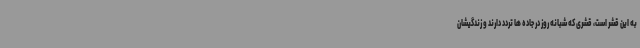
به این قشر است، قشری که شبانه روز در جاده ها تردد دارند و زندگیشان